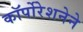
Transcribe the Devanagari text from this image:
कॉर्पोरेशनेने